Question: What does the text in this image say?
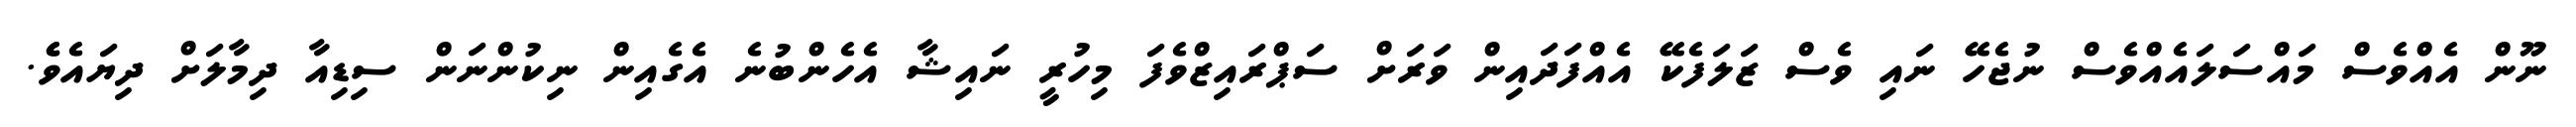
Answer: ނޫން އެއްވެސް މައްސަލައެއްވެސް ނުޖެހޭ ނައި ވެސް ޒަލަފެކޭ އެއްފަދައިން ވަރަށް ސަޕްރައިޒްވެފަ މިހުރީ ނައިޝާ އެހެންބުނެ އެގެއިން ނިކުންނަން ސިޑިއާ ދިމާލަށް ދިޔައެވެެ.